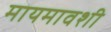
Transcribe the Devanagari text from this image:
मायमावशी